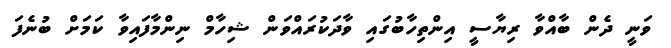
ވަނީ ދެން ބާއްވާ ރިޔާސީ އިންތިހާބުގައި ވާދަކުރައްވަން ޝިހާމް ނިންމާފައިވާ ކަމަށް ބުނެފަ